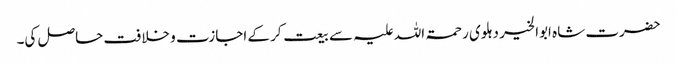
حضرت شاہ ابوالخیر دہلوی رحمۃ اللہ علیہ سے بیعت کر کے اجازت و خلافت حاصل کی۔